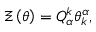
\Xi \left( \theta \right) = Q _ { \alpha } ^ { k } \theta _ { k } ^ { \alpha } ,